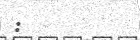
: